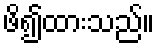
ဖိ၍ထားသည်။